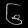
Digit: ၆